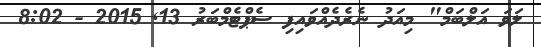
ލަވަ އަލްބަމް" މިއަދު ނެރެދެއްވައިފި ސެޕްޓެމްބަރު 13